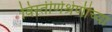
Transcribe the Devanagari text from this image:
विस्तीर्णश्रेणीच्या